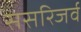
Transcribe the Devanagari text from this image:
ससरिजर्व